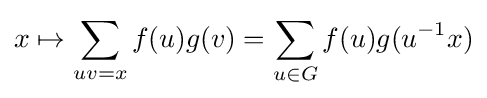
x\mapsto \sum _{uv=x}f(u)g(v)=\sum _{u\in G}f(u)g(u^{-1}x)